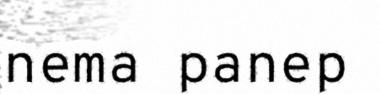
nema panep